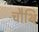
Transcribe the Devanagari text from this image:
चौथि